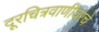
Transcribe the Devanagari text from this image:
दूरचित्रवाणीवरचे